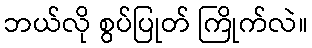
ဘယ်လို စွပ်ပြုတ် ကြိုက်လဲ။